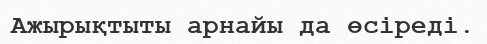
Ажырықтыты арнайы да өсіреді.